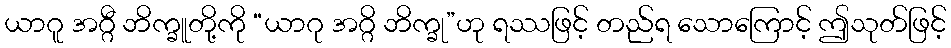
ယာဂူ အဂ္ဂီ ဘိက္ခူတို့ကို “ယာဂု အဂ္ဂိ ဘိက္ခု”ဟု ရဿဖြင့် တည်ရ သောကြောင့် ဤသုတ်ဖြင့်